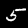
Label: 5